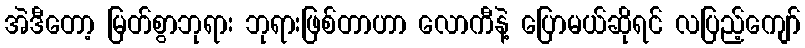
အဲဒီတော့ မြတ်စွာဘုရား ဘုရားဖြစ်တာဟာ လောကီနဲ့ ပြောမယ်ဆိုရင် လပြည့်ကျော်